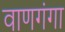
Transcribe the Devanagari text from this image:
वाणगंगा